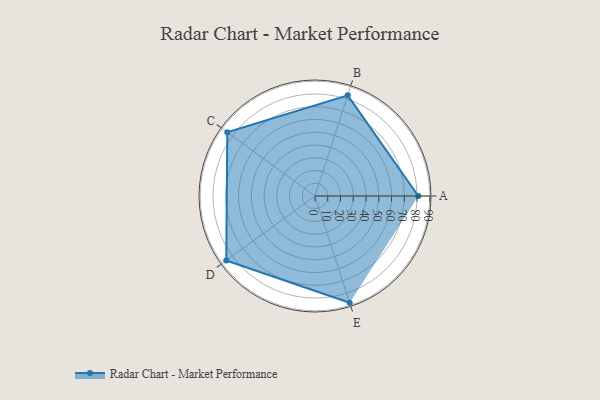
{"axis": {"x": "Skill", "y": "Score"}, "legend": ["Profile"], "data": [{"x": "A", "y": 81.0, "type": "Profile"}, {"x": "B", "y": 83.0, "type": "Profile"}, {"x": "C", "y": 85.0, "type": "Profile"}, {"x": "D", "y": 86.0, "type": "Profile"}, {"x": "E", "y": 88.0, "type": "Profile"}]}